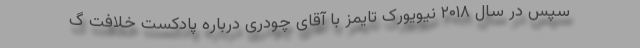
سپس در سال ۲۰۱۸ نیویورک تایمز با آقای چودری درباره پادکست خلافت گ